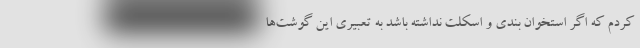
کردم که اگر استخوان بندی و اسکلت نداشته باشد به تعبیری این گوشت‌ها